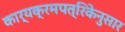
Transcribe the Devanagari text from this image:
कार्यक्रमपत्रिकेनुसार